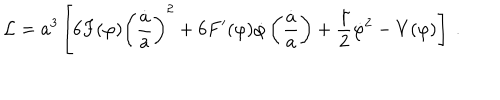
{ \cal L } = a ^ { 3 } \left[ 6 F ( \varphi ) \left( \frac { \dot { a } } { a } \right) ^ { 2 } + 6 F ^ { \prime } ( \varphi ) \dot { \varphi } \left( \frac { \dot { a } } { a } \right) + \frac { \gamma } { 2 } \dot { \varphi } ^ { 2 } - V ( \varphi ) \right] \ .